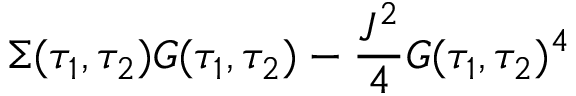
\Sigma ( \tau _ { 1 } , \tau _ { 2 } ) G ( \tau _ { 1 } , \tau _ { 2 } ) - \frac { J ^ { 2 } } { 4 } G ( \tau _ { 1 } , \tau _ { 2 } ) ^ { 4 }